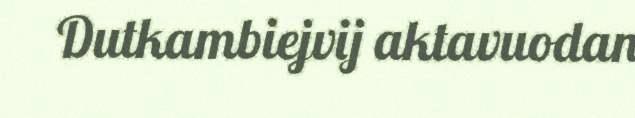
Dutkambiejvij aktavuodan